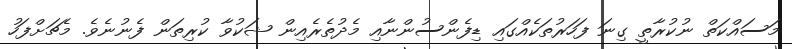
މަސައްކަތް ނުކުރާތީ ގިނަ ފަހަރުތަކެއްގައި ޑިފެންސުންނާއި މެދުތެރެއިން ޝަކުވާ ކުރިތަން ފެނުނެވެ. މެޗަށްފަހު